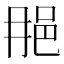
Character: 𨚉